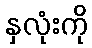
နှလုံးကို